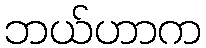
ဘယ်ဟာက